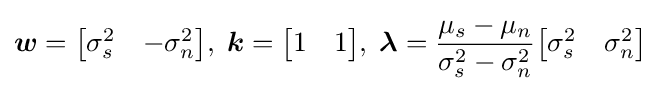
{\boldsymbol {w}}={\begin{bmatrix}\sigma _{s}^{2}&-\sigma _{n}^{2}\end{bmatrix}},\;{\boldsymbol {k}}={\begin{bmatrix}1&1\end{bmatrix}},\;{\boldsymbol {\lambda }}={\frac {\mu _{s}-\mu _{n}}{\sigma _{s}^{2}-\sigma _{n}^{2}}}{\begin{bmatrix}\sigma _{s}^{2}&\sigma _{n}^{2}\end{bmatrix}}